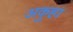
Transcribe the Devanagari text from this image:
अकुहा